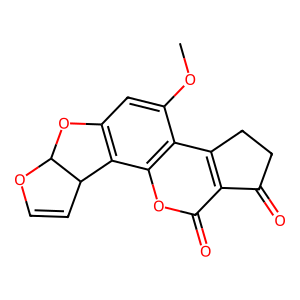
SMILES: COc1cc2c(c3oc(=O)c4c(c13)CCC4=O)C1C=COC1O2
Inhibits HIV replication: No